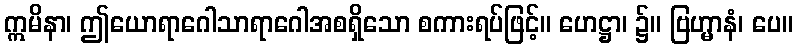
ဣမိနာ၊ ဤယောရာဂေါသာရာဂေါအစရှိသော စကားရပ်ဖြင့်။ ဟေဋ္ဌာ၊ ၌။ ဗြဟ္မာနံ၊ ပေ။